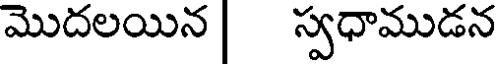
మొదలయిన స్వధాముడన